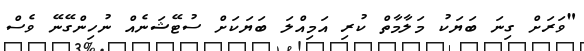
"ވަރަށް ގިނަ ބަޔަކު މަލާމާތް ކުރި އަމިއްލަ ބަޔަކަށް ސުޓޭޝަނެއް ނުހިންގޭނޭ ވެސް